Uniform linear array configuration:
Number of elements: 24
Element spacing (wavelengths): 0.25
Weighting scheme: uniform
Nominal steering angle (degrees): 30
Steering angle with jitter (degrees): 30.838
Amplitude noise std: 0.05
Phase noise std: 0.05

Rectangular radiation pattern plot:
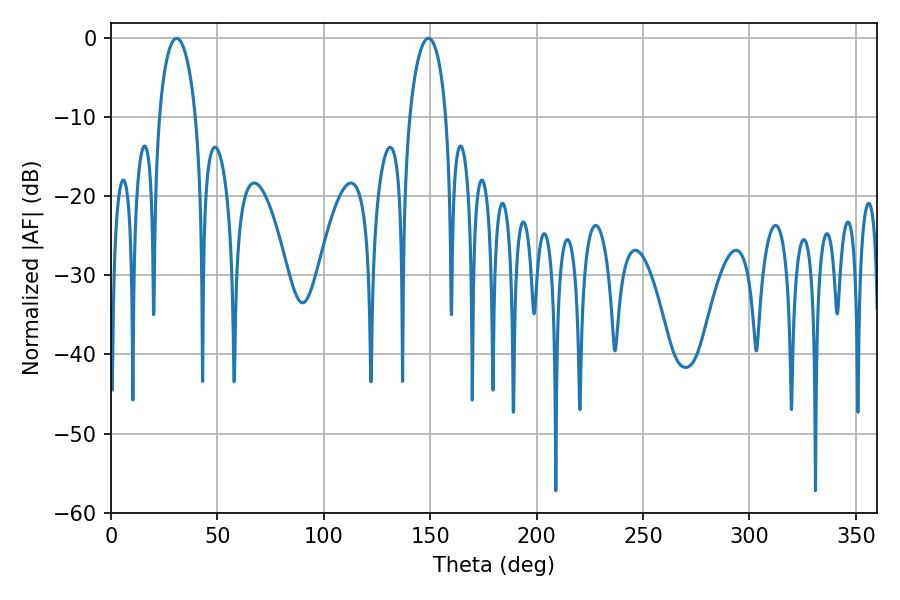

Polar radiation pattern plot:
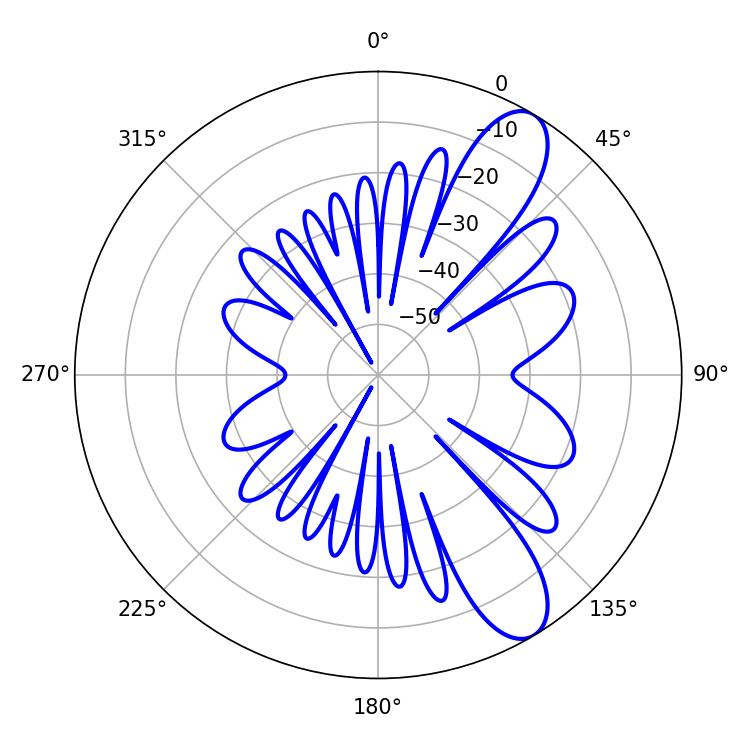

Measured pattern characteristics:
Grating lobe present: FALSE
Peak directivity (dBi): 10.047
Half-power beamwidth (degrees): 9.72
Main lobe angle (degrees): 30.78